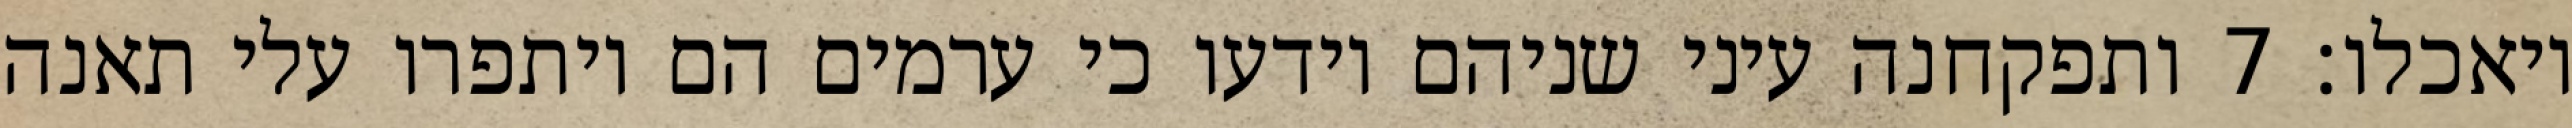
ויאכלו׃ ‎7‏ ותפקחנה עיני שניהם וידעו כי ערמים הם ויתפרו עלי תאנה